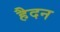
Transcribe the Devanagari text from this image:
हैदन